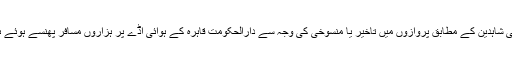
عینی شاہدین کے مطابق پروازوں میں تاخیر یا منسوخی کی وجہ سے دارالحکومت قاہرہ کے ہوائی اڈے پر ہزاروں مسافر پھنسے ہوئے ہیں۔